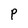
Character: P